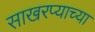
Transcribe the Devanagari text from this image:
साखरप्याच्या